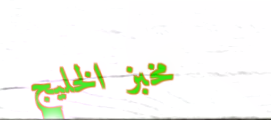
مخبز الخليج